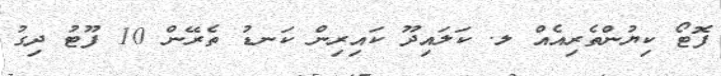
ފޮޓޯ ކިޔުންތެރިއެއް ލ. ކަލައިދޫ ކައިރިން ކަނޑު ތެރޭން 10 ފޫޓު ދިގު